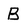
Character: B